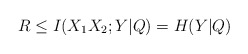
\begin{align*}R\leq I(X_1X_2;Y|Q)=H(Y|Q)\end{align*}